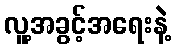
လူ့အခွင့်အရေးနဲ့